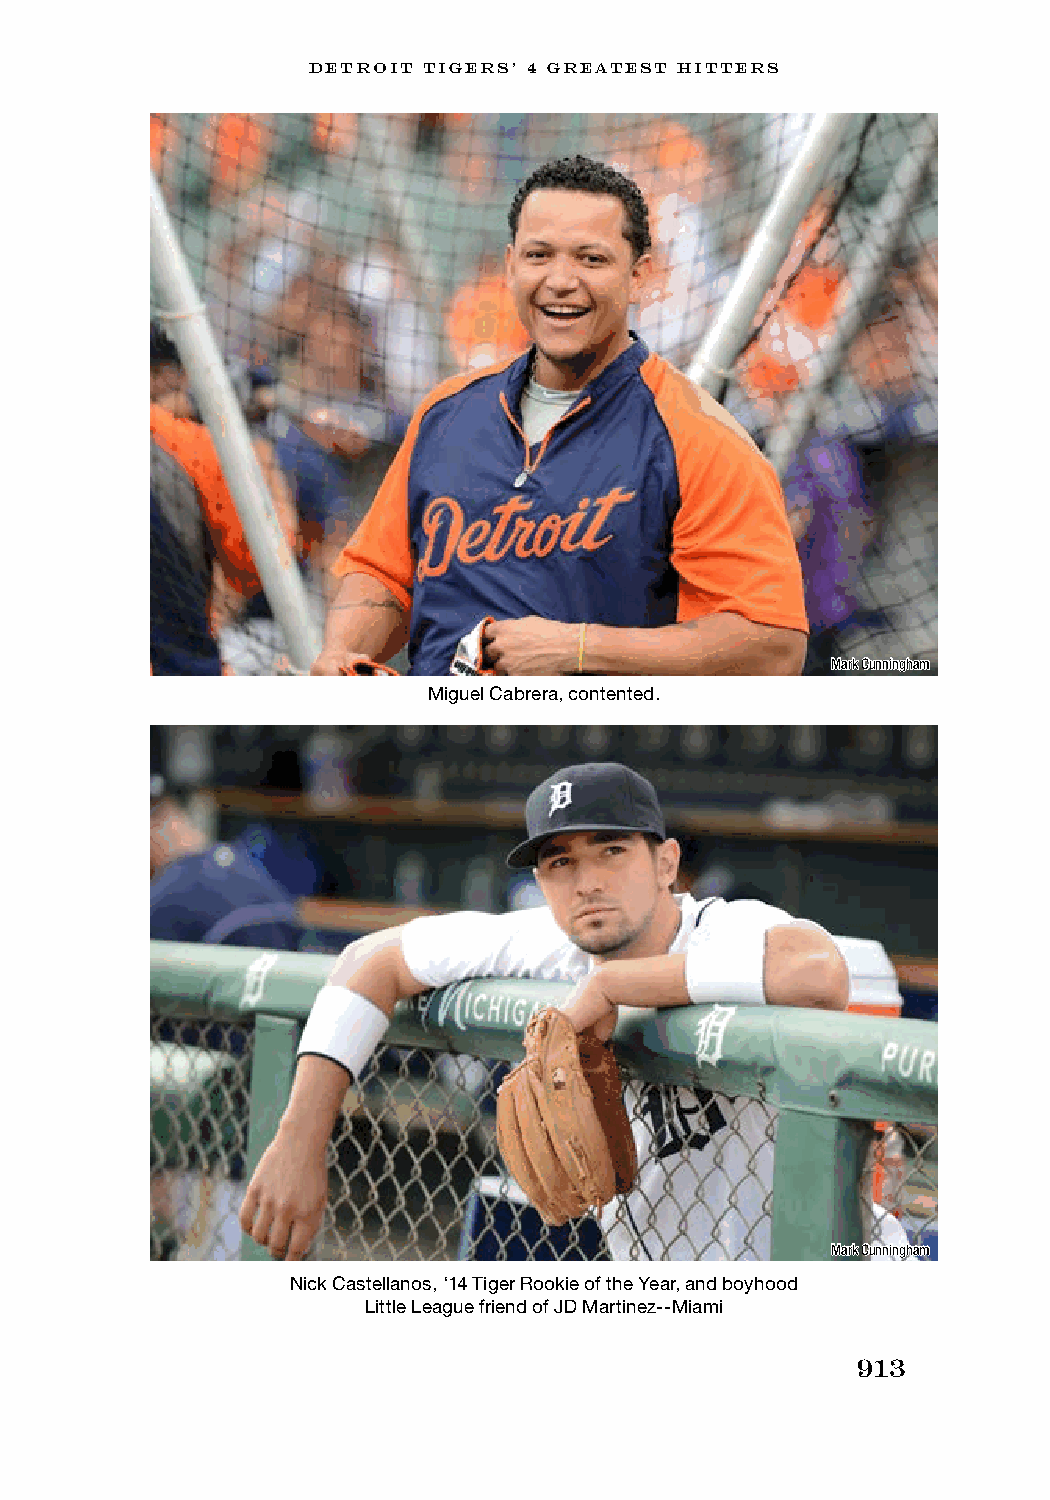
DETROIT TIGERS’ 4 GREATEST HITTERS
 Mark Cunningham
 Miguel Cabrera, contented.
 Mark Cunningham
 Nick Castellanos, ‘14 Tiger Rookie of the Year, and boyhood
 Little League friend of JD Martinez--Miami
 913